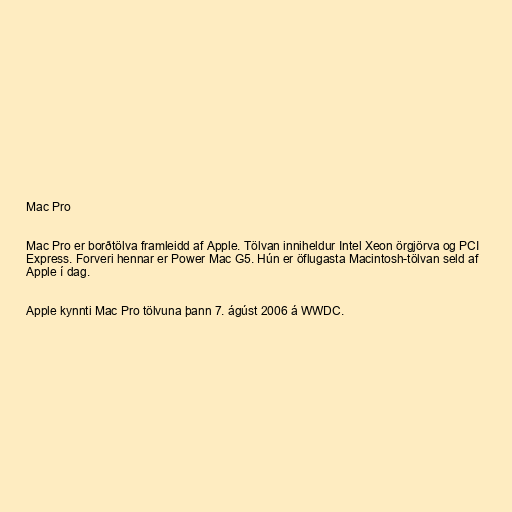
Mac Pro

Mac Pro er borðtölva framleidd af Apple. Tölvan inniheldur Intel Xeon örgjörva og PCI
Express. Forveri hennar er Power Mac G5. Hún er öflugasta Macintosh-tölvan seld af
Apple í dag.

Apple kynnti Mac Pro tölvuna þann 7. ágúst 2006 á WWDC.